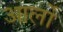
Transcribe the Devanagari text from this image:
आर्लो